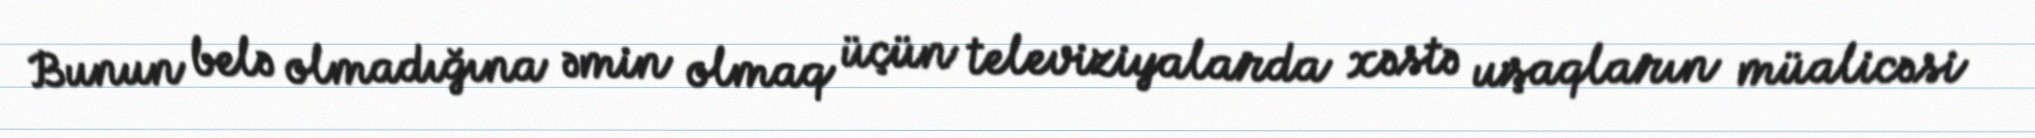
Bunun belə olmadığına əmin olmaq üçün televiziyalarda xəstə uşaqların müalicəsi